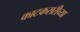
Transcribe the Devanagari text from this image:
काटकसरीच्या